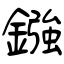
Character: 鏹